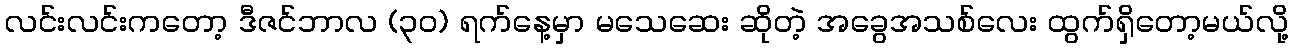
လင်းလင်းကတော့ ဒီဇင်ဘာလ (၃၀) ရက်နေ့မှာ မသေဆေး ဆိုတဲ့ အခွေအသစ်လေး ထွက်ရှိတော့မယ်လို့